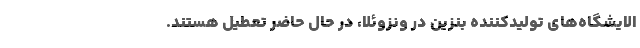
الایشگاه‌های تولیدکننده بنزین در ونزوئلا، در حال حاضر تعطیل هستند.